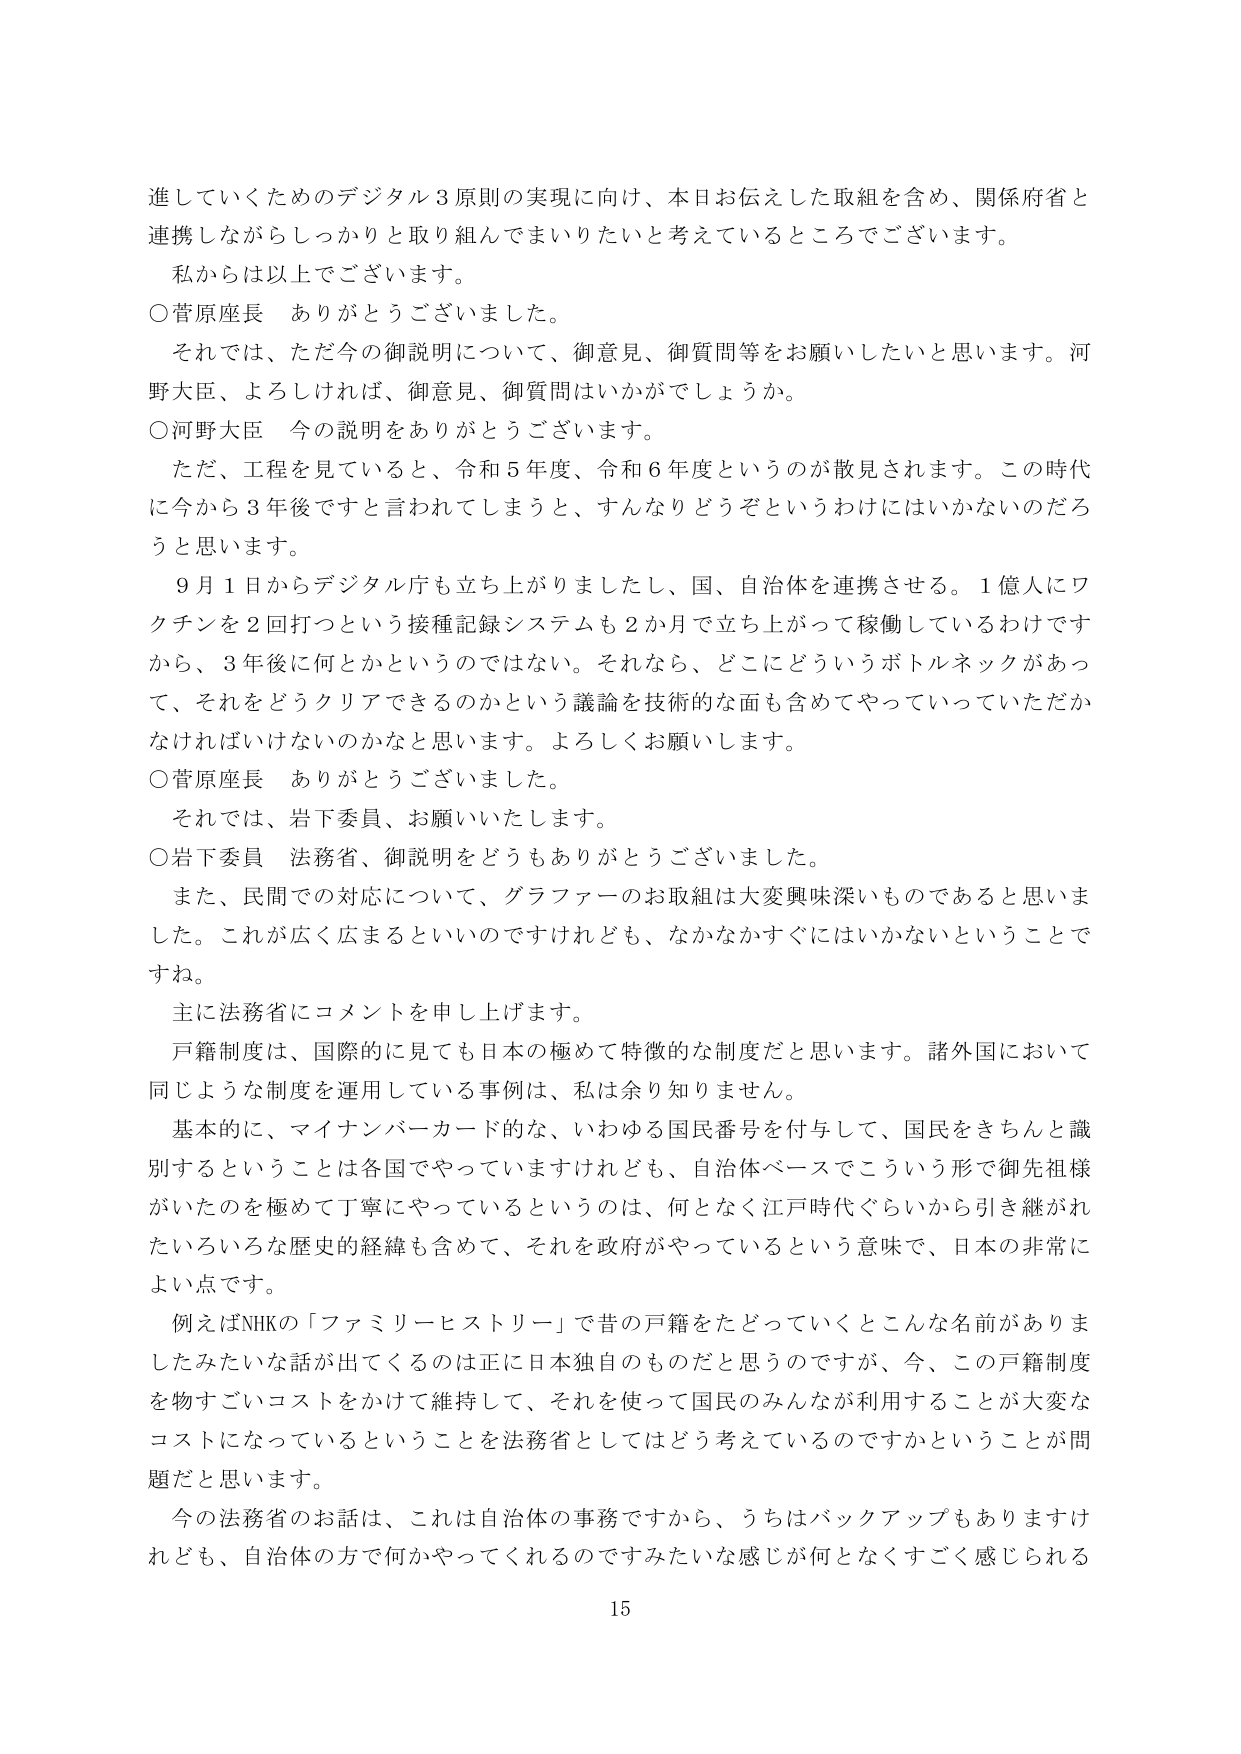
進していくためのデジタル３原則の実現に向け、本日お伝えした取組を含め、関係府省と
連携しながらしっかりと取り組んでまいりたいと考えているところでございます。
私からは以上でございます。
○菅原座長　ありがとうございました。
それでは、ただ今の御説明について、御意見、御質問等をお願いしたいと思います。河
野大臣、よろしければ、御意見、御質問はいかがでしょうか。
○河野大臣　今の説明をありがとうございます。
ただ、工程を見ていると、令和５年度、令和６年度というのが散見されます。この時代
に今から３年後ですと言われてしまうと、すんなりどうぞというわけにはいかないのだろ
うと思います。
９月１日からデジタル庁も立ち上がりましたし、国、自治体を連携させる。１億人にワ
クチンを２回打つという接種記録システムも２か月で立ち上がって稼働しているわけです
から、３年後に何とかというのではない。それなら、どこにどういうボトルネックがあっ
て、それをどうクリアできるのかという議論を技術的な面も含めてやっていっていただか
なければいけないのかなと思います。よろしくお願いします。
○菅原座長　ありがとうございました。
それでは、岩下委員、お願いいたします。
○岩下委員　法務省、御説明をどうもありがとうございました。
また、民間での対応について、グラファーのお取組は大変興味深いものであると思いま
した。これが広く広まるといいのですけれども、なかなかすぐにはいかないということで
すね。
主に法務省にコメントを申し上げます。
戸籍制度は、国際的に見ても日本の極めて特徴的な制度だと思います。諸外国において
同じような制度を運用している事例は、私は余り知りません。
基本的に、マイナンバーカード的な、いわゆる国民番号を付与して、国民をきちんと識
別するということは各国でやっていますけれども、自治体ベースでこういう形で御先祖様
がいたのを極めて丁寧にやっているというのは、何となく江戸時代ぐらいから引き継がれ
たいろいろな歴史的経緯も含めて、それを政府がやっているという意味で、日本の非常に
よい点です。
例えばNHKの「ファミリーヒストリー」で昔の戸籍をたどっていくとこんな名前がありま
したみたいな話が出てくるのは正に日本独自のものだと思うのですが、今、この戸籍制度
を物すごくコストをかけて維持して、それを使って国民のみんなが利用することが大変な
コストになっているということを法務省としてはどう考えているのですかということが問
題だと思います。
今の法務省のお話は、これは自治体の事務ですから、うちはバックアップもありますけ
れども、自治体の方で何かやってくれるのですみたいな感じが何となくすごく感じられる
15